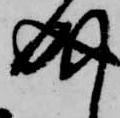
成